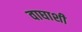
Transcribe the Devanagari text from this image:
वाघाशी